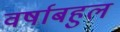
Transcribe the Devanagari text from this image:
वर्षाबहुल